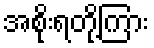
အစိုးရတို့ကြား